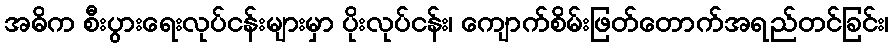
အဓိက စီးပွားရေးလုပ်ငန်းများမှာ ပိုးလုပ်ငန်း၊ ကျောက်စိမ်းဖြတ်တောက်အရည်တင်ခြင်း၊